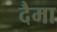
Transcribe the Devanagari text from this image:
दैमा